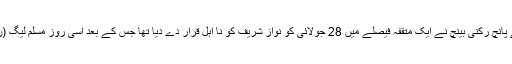
پاناما لیکس سے متعلق ایک مقدمے میں عدالت عظمیٰ کے پانچ رکنی بینچ نے ایک متقفہ فیصلے میں 28 جولائی کو نواز شریف کو نا اہل قرار دے دیا تھا جس کے بعد اُسی روز مسلم لیگ (ن) کے سربراہ نے وزارت عظمٰی کا منصب چھوڑ دیا تھا۔